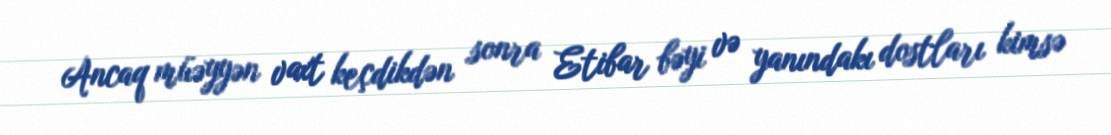
Ancaq müəyyən vaxt keçdikdən sonra Etibar bəyi və yanındakı dostları kimsə